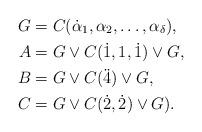
LaTeX: \begin{align*}G&=C(\dot\alpha_1,\alpha_2,\ldots,\alpha_\delta),\\A&=G\vee C(\dot1,1,\dot1)\vee G,\\B&=G\vee C(\ddot4)\vee G, \\C&=G\vee C(\dot2,\dot2)\vee G). \end{align*}